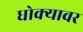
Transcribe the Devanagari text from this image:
धोक्यावर